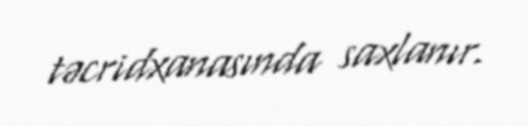
təcridxanasında saxlanır.